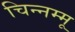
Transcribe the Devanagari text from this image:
चिन्‍नम्‍मू